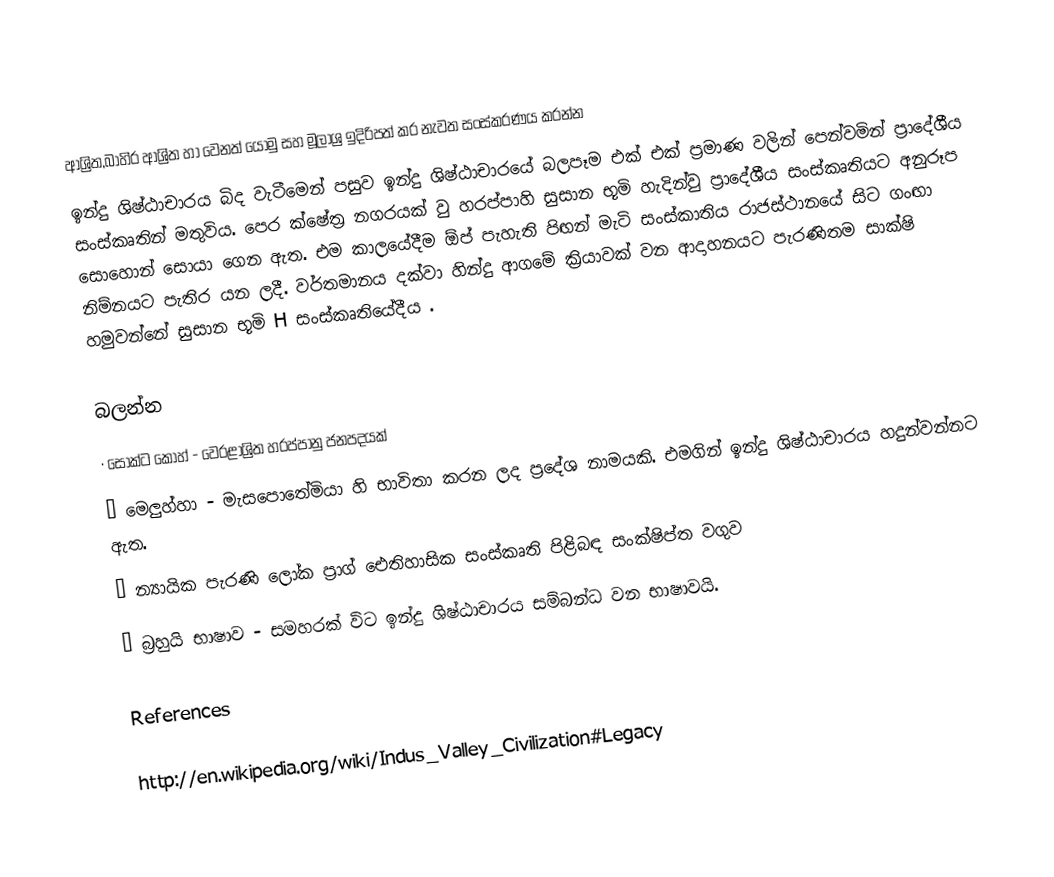

ආශ්‍රිත,බාහිර ආශ්‍රිත හා වෙනත් යොමු සහ මූලාශ්‍ර ඉදිරිපත් කර නැවත සංස්කරණය කරන්න
ඉන්දු ශිෂ්ඨාචාරය බිද වැටීමෙන් පසුව ඉන්දු ශිෂ්ඨාචාරයේ බලපෑම එක් එක් ප්‍රමාණ වලින් පෙන්වමින් ප්‍රාදේශීය සංස්කෘතින් මතුවිය. පෙර ක්ෂේත්‍ර නගරයක් වු හරප්පාහි සුසාන භූමි හැදින්වු ප්‍රාදේශීය සංස්කෘතියට අනුරූප සොහොන් සොයා ගෙන ඇත. එම කාලයේදීම ඕප් පැහැති පිඟන් මැටි සංස්කාතිය රාජස්ථානයේ සිට ගංඟා නිම්නයට පැතිර යන ලදී. වර්තමානය දක්වා හින්දු ආගමේ ක්‍රියාවක් වන ආදාහනයට පැරණිතම සාක්ෂි හමුවන්නේ සුසාන භූමි H සංස්කෘතියේදීය .

බලන්න
·	සොක්ට කොහ් - වෙරළාශ්‍රිත හරප්පානු ජනපදයක්
·	මෙලුහ්හා - මැසපොතේමියා හි භාවිතා කරන ලද ප්‍රදේශ නාමයකි. එමගින් ඉන්දු ශිෂ්ඨාචාරය හදුන්වන්නට ඇත.
·	න්‍යායික පැරණි ලෝක ප්‍රාග් ඓතිහාසික සංස්කෘති පිළිබඳ සංක්ෂිප්ත වගුව
·	බ්‍රහුයි භාෂාව - සමහරක් වි‍ට ඉන්දු ශිෂ්ඨාචාරය සම්බන්ධ වන භාෂාවයි.

References

http://en.wikipedia.org/wiki/Indus_Valley_Civilization#Legacy